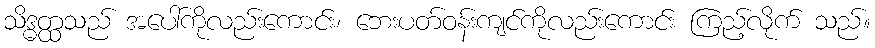
သိဒ္ဓတ္ထသည် အပေါ်ကိုလည်းကောင်း၊ ဘေးပတ်ဝန်းကျင်ကိုလည်းကောင်း ကြည့်လိုက် သည်။